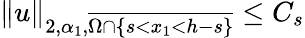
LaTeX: \| u\| _{2,\alpha_{1},\overline{{\Omega\cap\{ s<x_{1}<h-s\} }}}\leq C_{s}